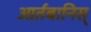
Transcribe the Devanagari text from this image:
आर्तबानिस्